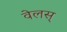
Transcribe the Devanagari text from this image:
वेलस्